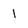
Character: 1